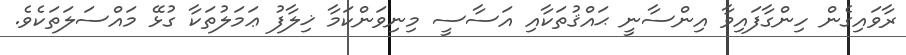
ރާވައިގެން ހިންގާފައިވާ އިންސާނީ ޙައްޤުތަކާއި އަސާސީ މިނިވަންކަމާ ޚިލާފު ޢަމަލުތަކާ ގުޅޭ މައްސަލަތަކެވެ.